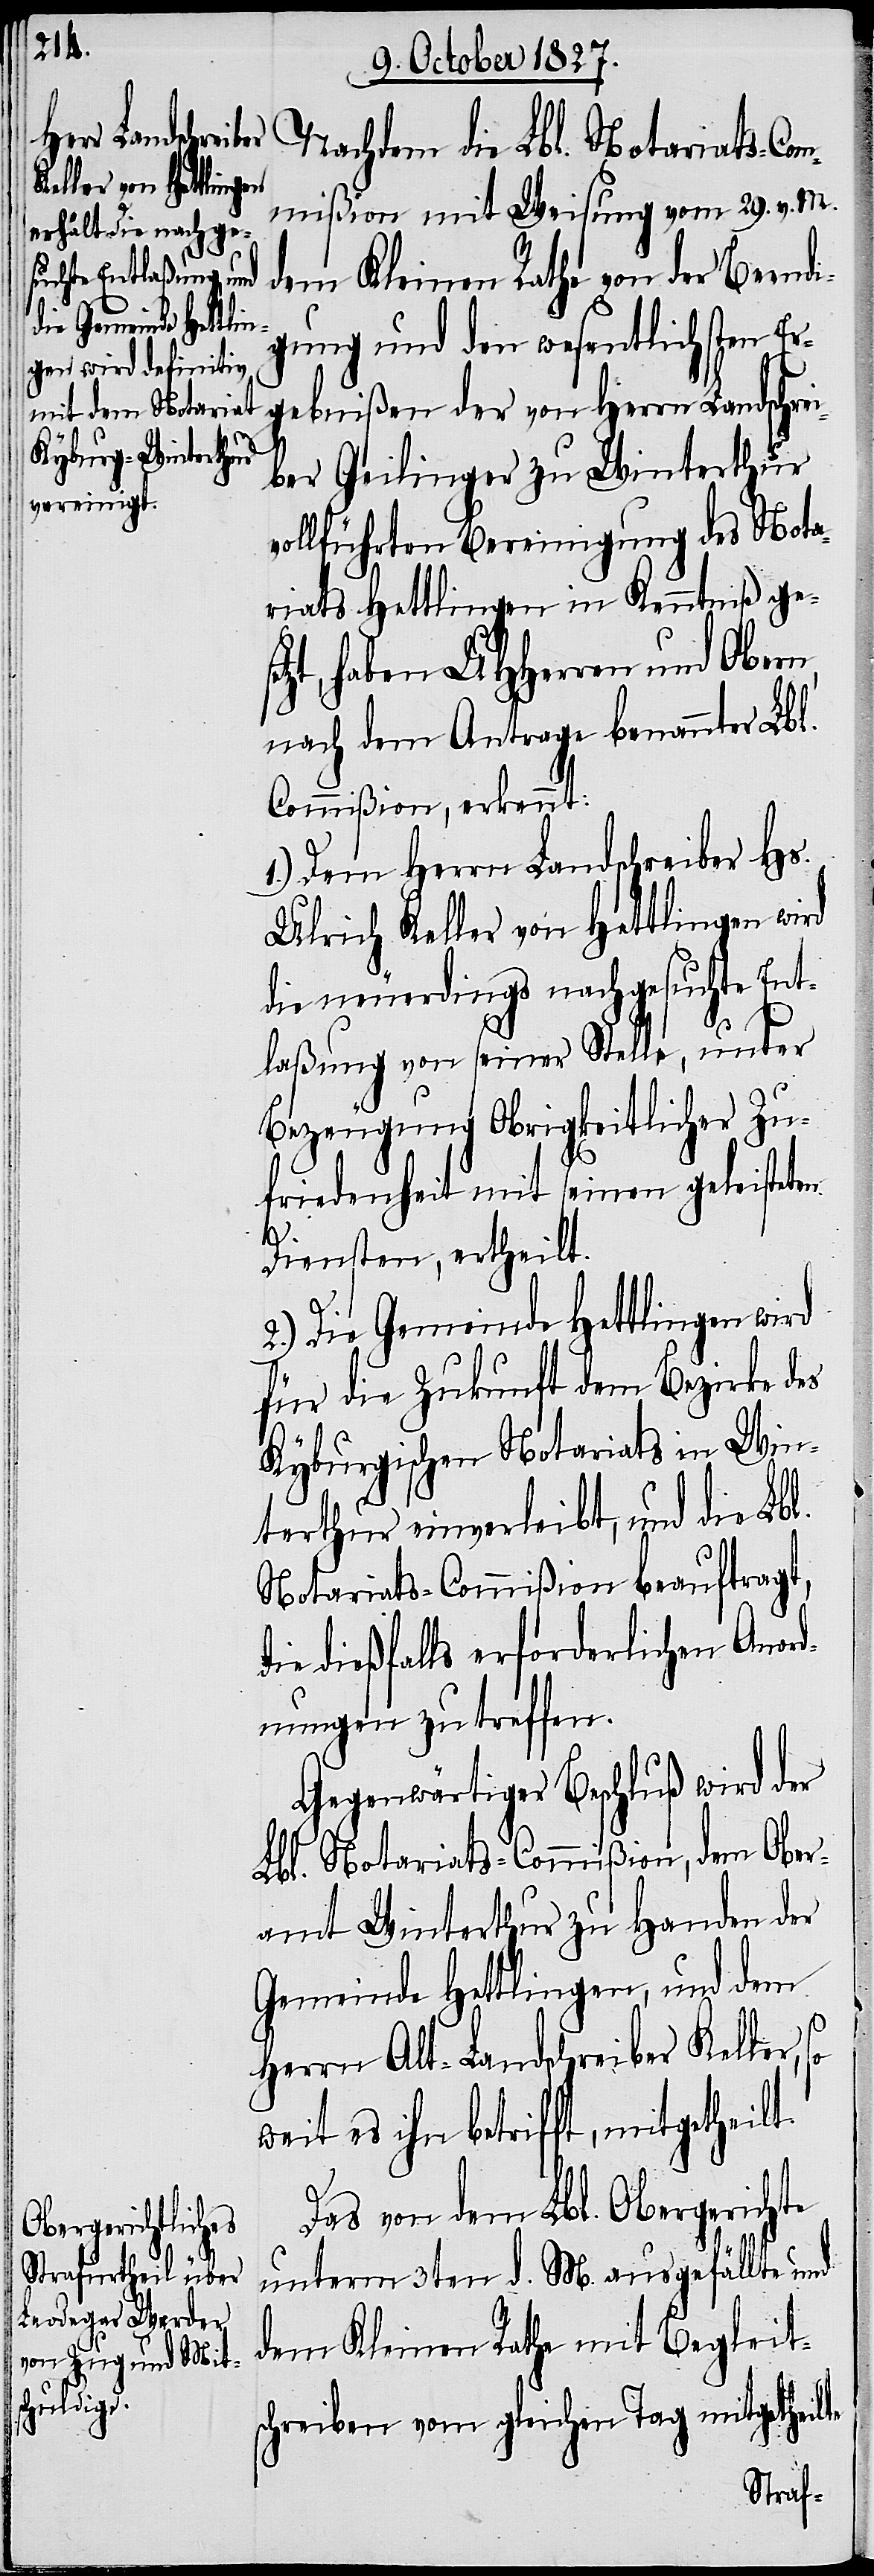
Nachdem die Lbl. Notariats-Com¬
mißion mit Weisung vom 29. v. M.
dem Kleinen Rathe von der Beendi¬
gung und den wesentlichen Er¬
gebnißen der von Herrn Landschrei¬
ber Geilinger zu Winterthur
vollführten Bereinigung des Nota¬
riats Hettlingen in Kenntniß gese¬
tzt, haben UHHerren und Obern
nach dem Antrage benannter Lbl.
Commißion, erkennt:
1.) Dem Herrn Landschreiber Hs.
Ulrich Keller von Hettlingen wird
die neuerdings nachgesuchte Ent¬
laßung von seiner Stelle, unter
Bezeugung Obrigkeitlicher Zu¬
friedenheit mit seinen geleisteten
Diensten, ertheilt.
2.) Die Gemeinde Hettlingen wird
für die Zukunft dem Bezirke des
Kyburgischen Notariats in Win¬
terthur einverleibt, und die Lbl.
Notariats-Commißion beauftragt,
die dießfalls erforderlichen Anord¬
nungen zu treffen.
Gegenwärtiger Beschluß wird der
Lbl. Notariats-Commißion, dem Ober¬
amt Winterthur zu Handen der
Gemeinde Hettlingen, und dem
Herrn Alt-Landschreiber Keller, so
weit es ihn betrifft, mitgetheilt.
Das von dem Lbl. Obergerichte
unterm 3ten d. M. ausgefällte und
dem Kleinen Rathe mit Begleits¬
chreiben vom gleichen Tag mitgetheilte